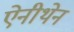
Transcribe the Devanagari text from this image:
ऐनीथेन